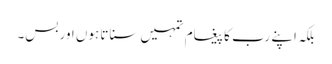
بلکہ اپنے رب کا پیغام تمہیں سناتا ہوں اور بس۔